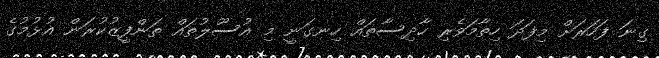
ގިނަ ފަހަރަށް މިފަދަ ހިތާމަވެރި ހާދިސާތައް ހިނގަނީ މި އުސޫލުތައް ތަންފީޒުކުރަން އުޅުމުގެ